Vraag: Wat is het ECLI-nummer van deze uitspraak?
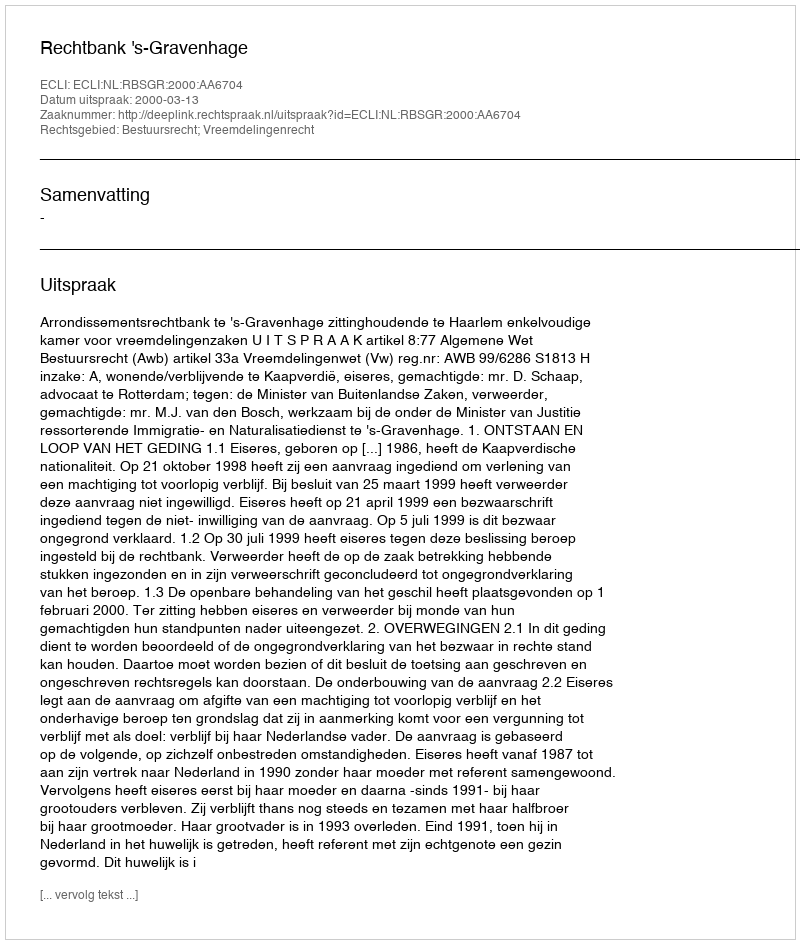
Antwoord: ECLI:NL:RBSGR:2000:AA6704